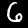
Digit: 6